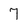
Character: 7